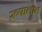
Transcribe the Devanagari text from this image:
ख़्यालात